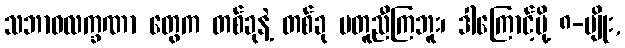
သဘာဝလက္ခဏာ တွေက တစ်ခုနဲ့ တစ်ခု မတူညီကြဘူး၊ ဒါကြောင့်မို့ ၈-မျိုး,